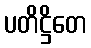
ပတိဋ္ဌိတေ